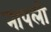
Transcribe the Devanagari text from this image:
नापली